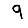
Digit: 9